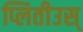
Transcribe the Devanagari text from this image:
प्लितीउस्